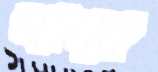
শাম্মা